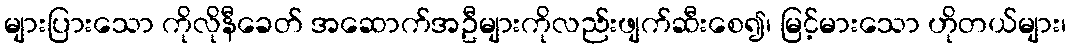
များပြားသော ကိုလိုနီခေတ် အဆောက်အဦများကိုလည်းဖျက်ဆီးစေ၍၊ မြင့်မားသော ဟိုတယ်များ၊